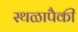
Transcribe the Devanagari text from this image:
स्थळापैकी